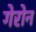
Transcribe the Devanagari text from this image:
गेरोन